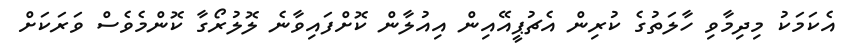
އެކަމަކު މިދިމާވި ހާލަތުގެ ކުރިން އެޗުޕީއޭއިން އިއުލާން ކޮށްފައިވާނެ ލޮލުރޯގާ ކޮންމެވެސް ވަރަކަށް